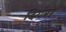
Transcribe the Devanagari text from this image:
दिगंबर